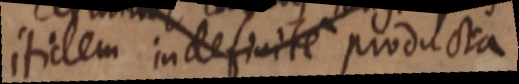
itidem indefinite producta